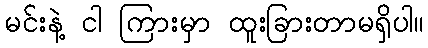
မင်းနဲ့ ငါ ကြားမှာ ထူးခြားတာမရှိပါ။